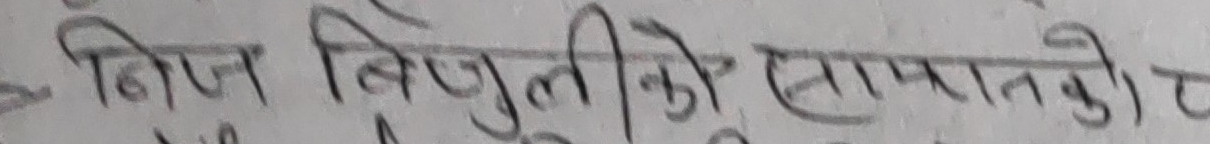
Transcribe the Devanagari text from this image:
निज बिजुलीको खपतको